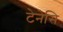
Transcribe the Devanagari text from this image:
टेनेसि